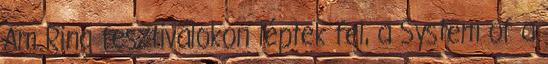
Am Ring fesztiválokon léptek fel, a System of a